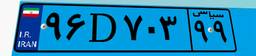
۳۴D۸۸۳۳۷